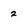
Character: 2